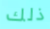
ذلك